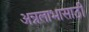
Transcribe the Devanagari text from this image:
अन्नलाभासाठी